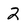
Character: 2